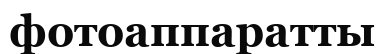
фотоаппаратты